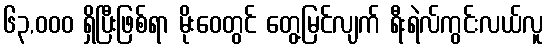
၆၃,၀၀၀ ရှိပြီးဖြစ်ရာ မိုးဝေတွင် တွေ့မြင်လျက် ရီးရဲလ်ကွင်းလယ်လူ